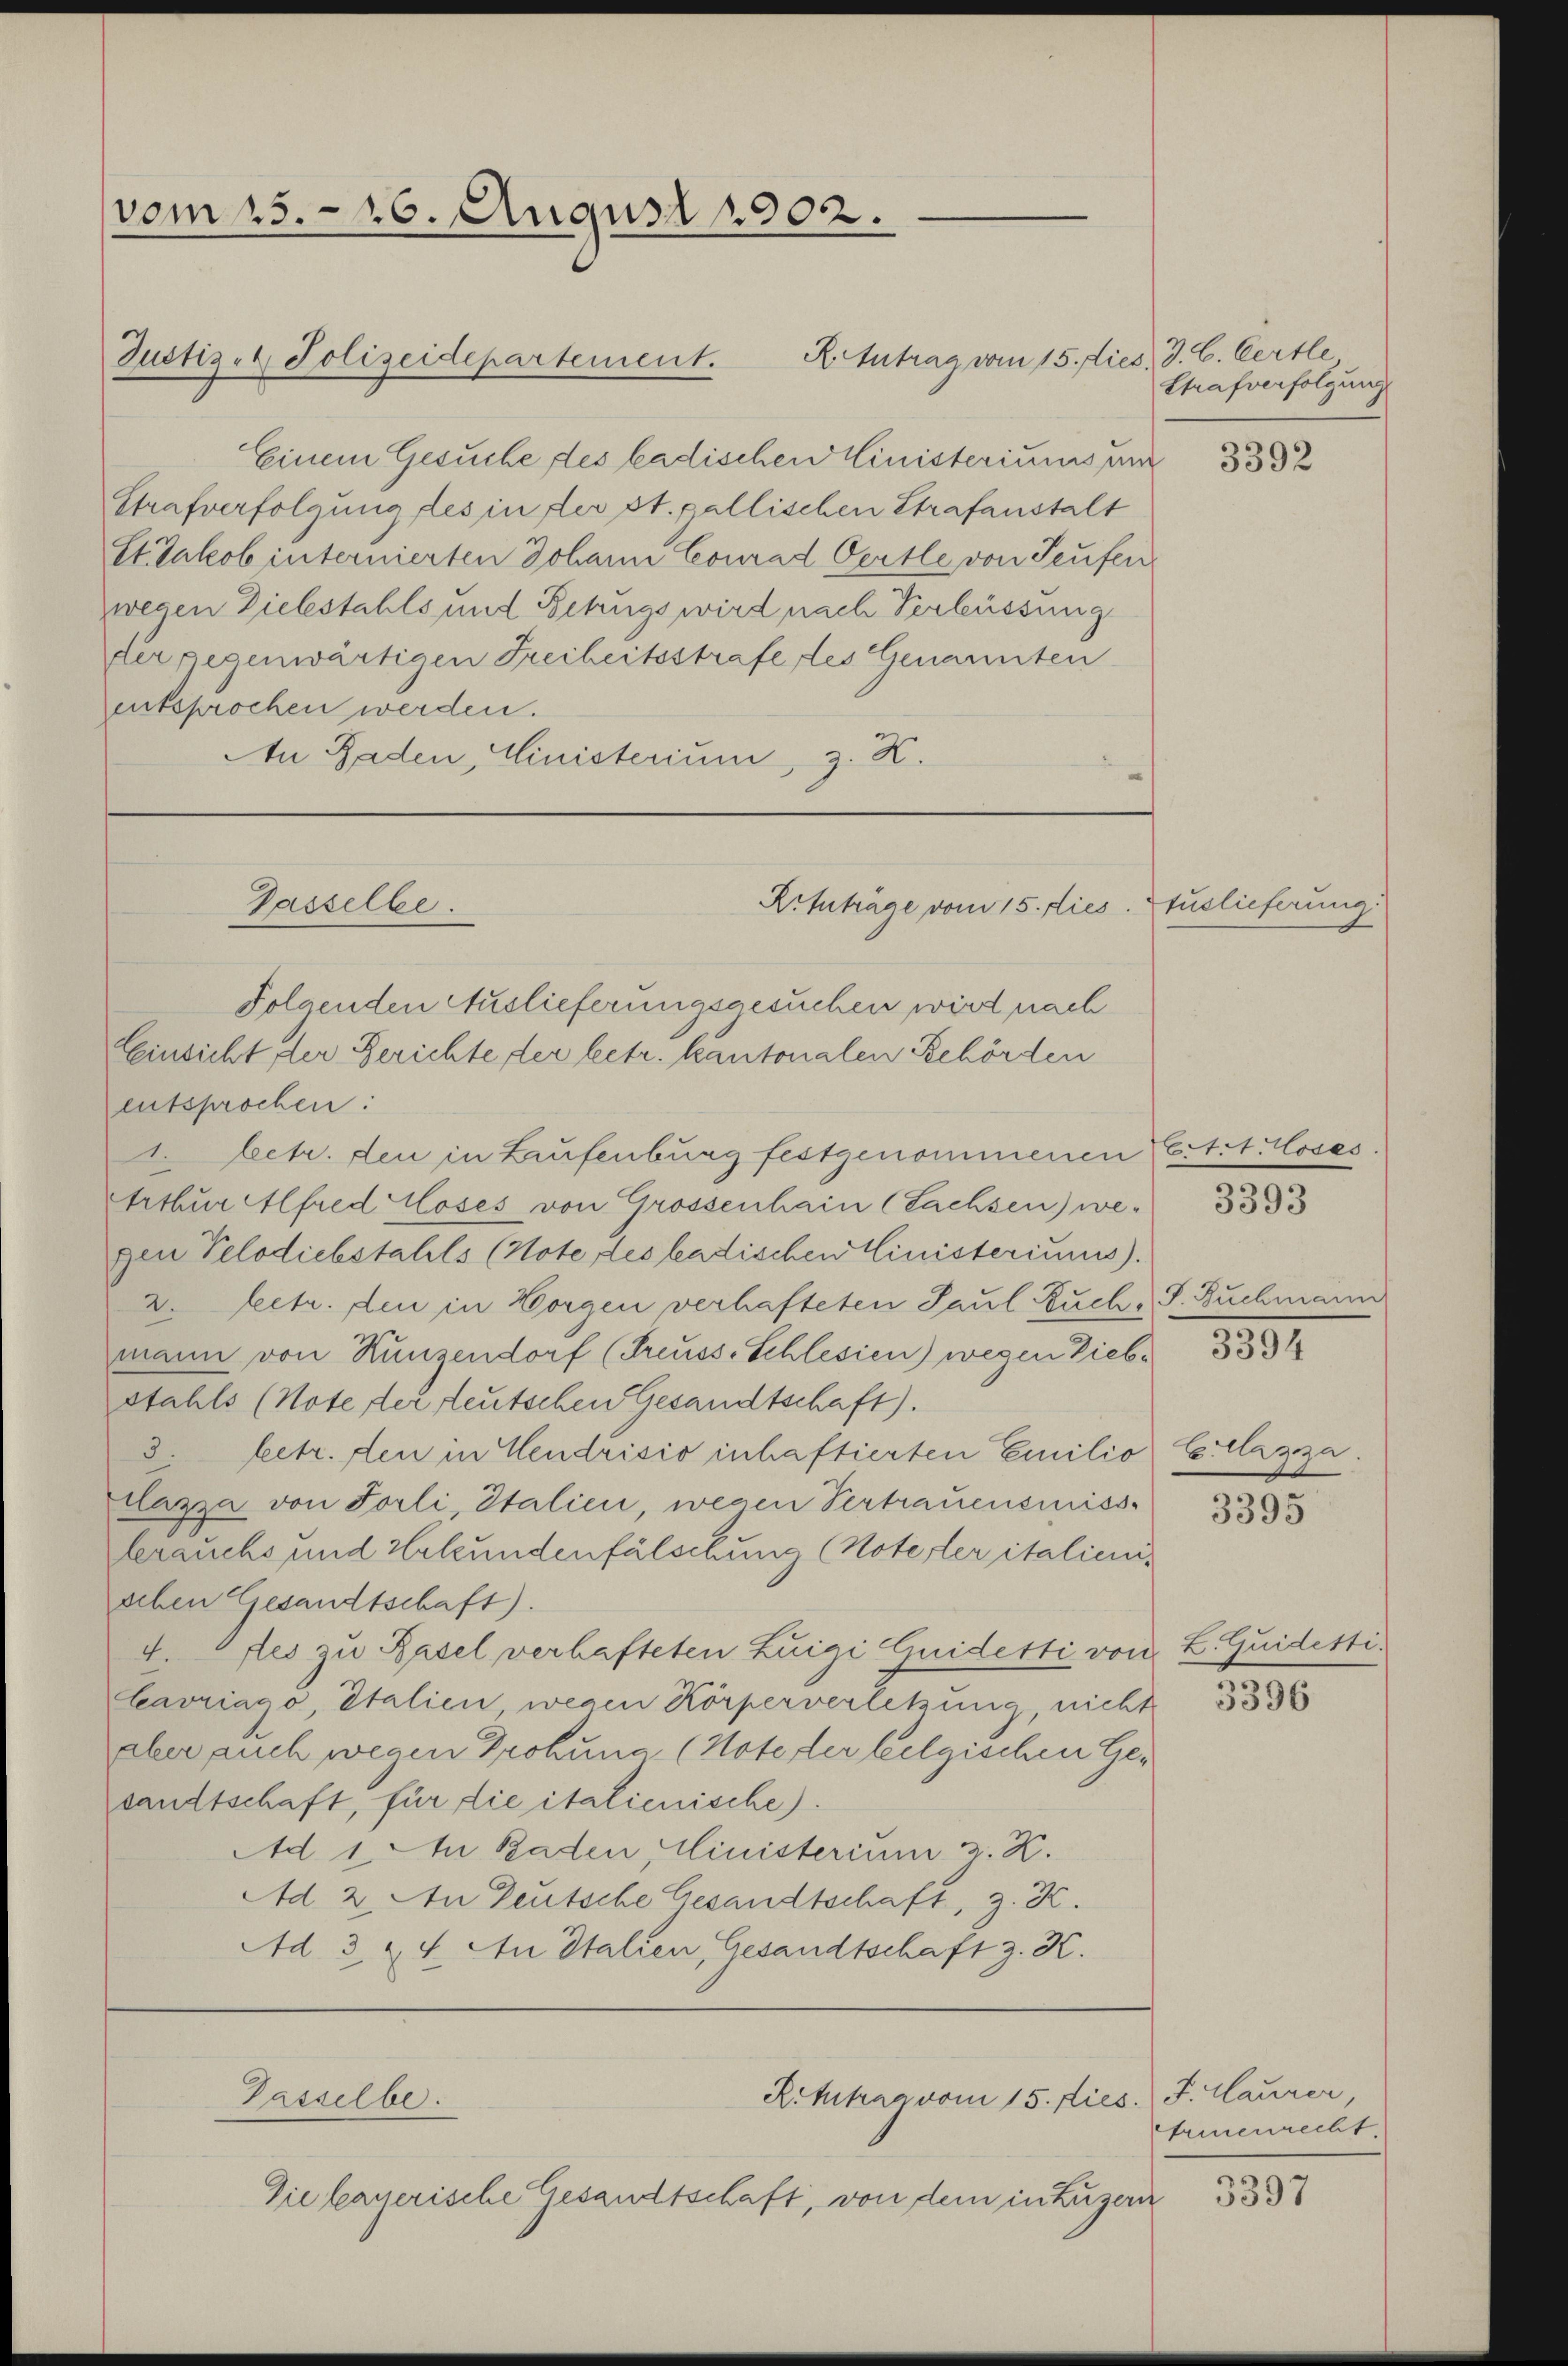
vom 15. 16. August 1902.

Justiz- & Polizeidepartement.

Passelbe.
Ritnträge vom 15. dies

Gasselbe.

Einem Gesuche des badischen Cinisteriums und
Strafverfolgung des in der st. gallischen Strafanstalt
St. Jakob internierten Johann Conrad Oertle von Teufen
wegen Diebstahls und Bezugs wird nach Verbüssung
der gegenwärtigen Freiheitsstrafe des Genannten
entsprochen werden.
An Baden, Ministerium, z. K.

R. Antrag vom 15. dies J. C. Certle

entsprochen:
2 betr. den in Laufenburg festgenommenen Eitit. Coses
Arthur Alfred löses von Grossenhain (Sachsen) we 333
gen Pelodiebstahls (Note des badischen Cinisteriums).
2. Leetr. den in Horgen verhafteten Paul Buchs S. Buchmann
mann von Kunzendorf (Preuss-Schlesien) wegen Diebstahls (Note der teutschen Gesandtschaft).
8. betr. den in Cendrisio inhaftierten Emilio Etlazza.
lazza von Forli, Italien, wegen Vertrauensmiss-
brauchs und Erkundenfälschung (Notester italienis
schen Gesandtschaft).
4. des zu Basel verhafteten Zuigi Guidetti von
Cavriago, Italien wegen Körperverletzung, nicht
aber auch wegen Prokuna (Note der belgischen Gesandtschaft, für die italienische).
Ad 1. M. Baden, Ministerium z. K.
Ad 2. An Deutsche Gesandtschaft, z. Z.
Ad. 3 & 4. An Stalien, Gesandtschaft z. K.

Folgenden Auslieferungsgesuchen wird nach
Einsicht der Berichte der betr. kantonalen Behörden

Rithan vom 15. dies. J. Laurer,

Strafverfolgung

Die bauerische Gesandtschaft, von dem in Luzern

t

3392

tuslieferung.

3394

3395

d. L. Quidetti.

3396

Arienrecht.

3397